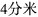
4分米